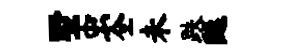
墅虫全未跌隧